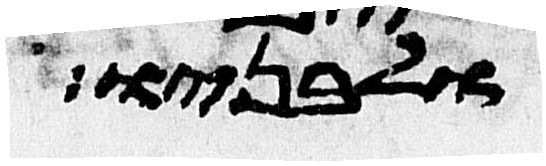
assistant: ולבניו